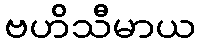
ဗဟိသီမာယ